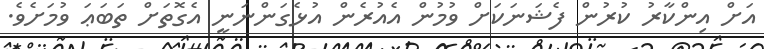
އަށް އިންކާރު ކުރުން ފެޝަނަކަށް ވުމުން އެއުރެން އުޅެގަންނަނީ އެގޮތަށް ތަބަޢަ ވުމަށެވެ.